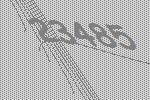
23485